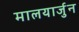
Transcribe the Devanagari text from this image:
मालयार्जुन